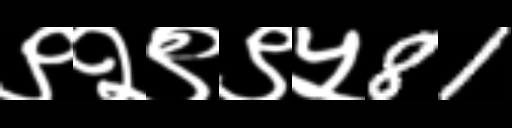
Text: ९२९९५81